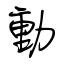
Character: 動